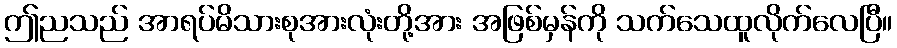
ဤညသည် အာရပ်မိသားစုအားလုံးတို့အား အဖြစ်မှန်ကို သက်သေထူလိုက်လေပြီ။